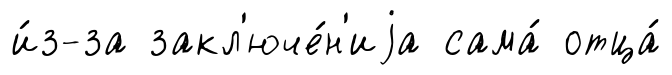
и́з-за закл'юче́н'иjа сама́ отца́